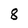
Character: 8